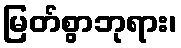
မြတ်စွာဘုရား၊